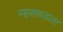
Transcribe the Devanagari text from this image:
म्हसवडला